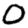
Digit: 0